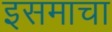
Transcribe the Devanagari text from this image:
इसमाचा